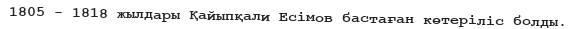
1805 - 1818 жылдары Қайыпқали Есімов бастаған көтеріліс болды.